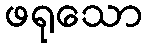
ဖရုသော